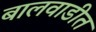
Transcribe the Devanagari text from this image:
बालवाडीत